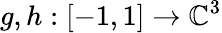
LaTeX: g,h:[-1,1]\to\mathbb{C}^{3}